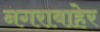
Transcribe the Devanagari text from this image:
नगराबाहेर